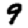
Digit: 9